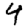
Digit: 4